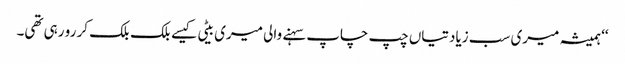
‘‘ ہمیشہ میری سب زیادتیاں چپ چاپ سہنے والی میری بیٹی کیسے بلک بلک کر رو رہی تھی۔